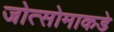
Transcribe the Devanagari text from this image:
जोत्सोमाकडे